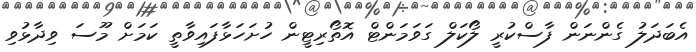
އެބަދަލު ގެންނަން ފާސްކުރީ ލޯކަލް ގަވަމަންޓް އޮތޯރިޓީން ހުށަހަޅާފައިވާތީ ކަމަށް މޫސަ ވިދާޅުވި